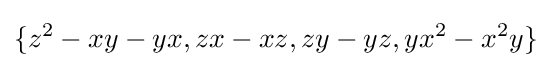
\{z^{2}-xy-yx,zx-xz,zy-yz,yx^{2}-x^{2}y\}